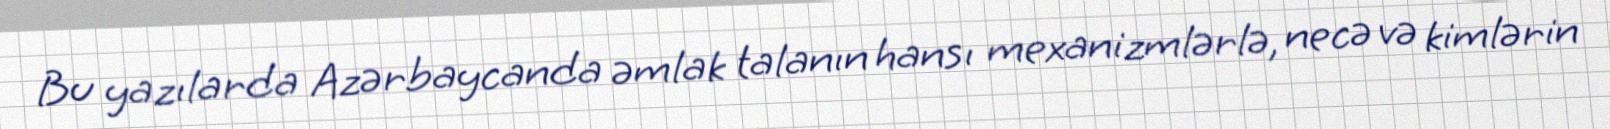
Bu yazılarda Azərbaycanda əmlak talanın hansı mexanizmlərlə, necə və kimlərin